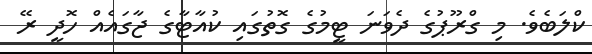
ކްލަބެވެ. މި ގްރޫޕުގެ ދެވަނަ ޓީމުގެ ގޮތުގައި ކުއާޓާގެ ޖާގައެއް ހޮދީ ރޭ